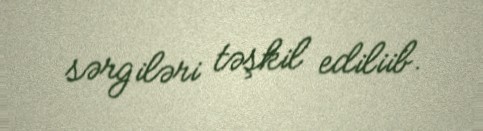
sərgiləri təşkil ediliib.